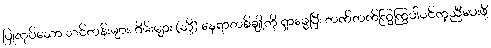
ပြုလုပ်သော သင်တန်းများ၊ ဂိမ်းများ (သို့) နေရာတစ်ချို့ကို ရှာဖွေပြီး တက်တက်ကြွကြွပါဝင်ကူညီပေးဖို့